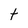
Character: t